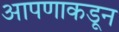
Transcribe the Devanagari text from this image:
आपणाकडून